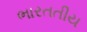
ભારતતીય